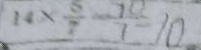
1 4 \times \frac { 5 } { 7 } - \frac { 7 0 } { 7 } = 1 0